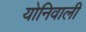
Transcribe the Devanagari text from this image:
योनिवाली